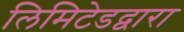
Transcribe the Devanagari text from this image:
लिमिटेडद्वारा